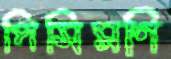
পিসিমণি